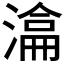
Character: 𣼕